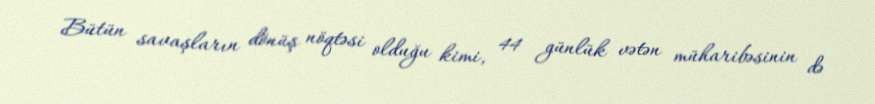
Bütün savaşların dönüş nöqtəsi olduğu kimi, 44 günlük vətən müharibəsinin də